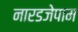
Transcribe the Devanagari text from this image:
नारडजेपाम